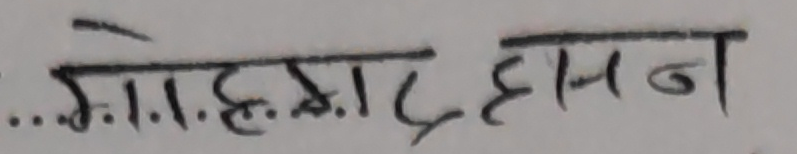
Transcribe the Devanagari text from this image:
...गोस्राट हामन